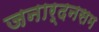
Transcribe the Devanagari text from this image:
जनार्दनसम